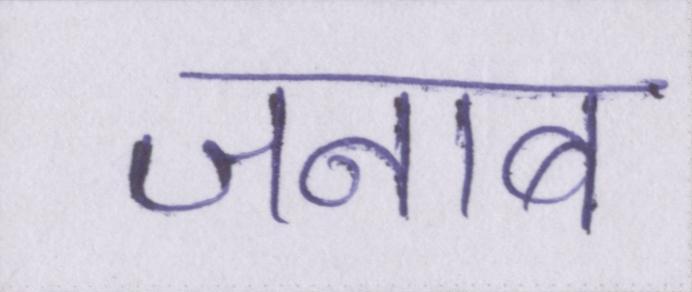
जनाब